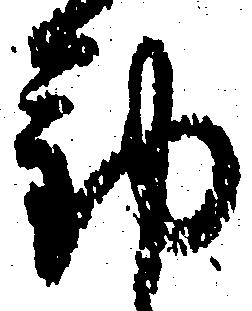
勤